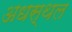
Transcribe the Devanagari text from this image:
अधस्थल